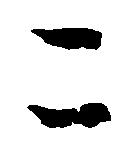
こ